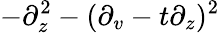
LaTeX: -\partial_{z}^{2}-(\partial_{v}-t\partial_{z})^{2}